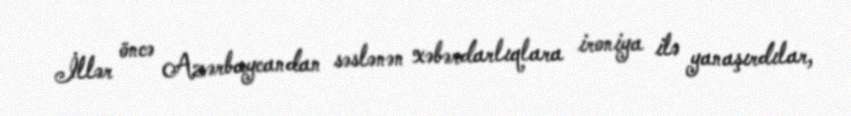
İllər öncə Azərbaycandan səslənən xəbərdarlıqlara ironiya ilə yanaşırdılar,